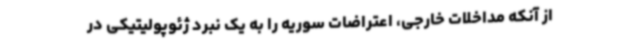
از آنکه مداخلات خارجی، اعتراضات سوریه را به یک نبرد ژئوپولیتیکی در